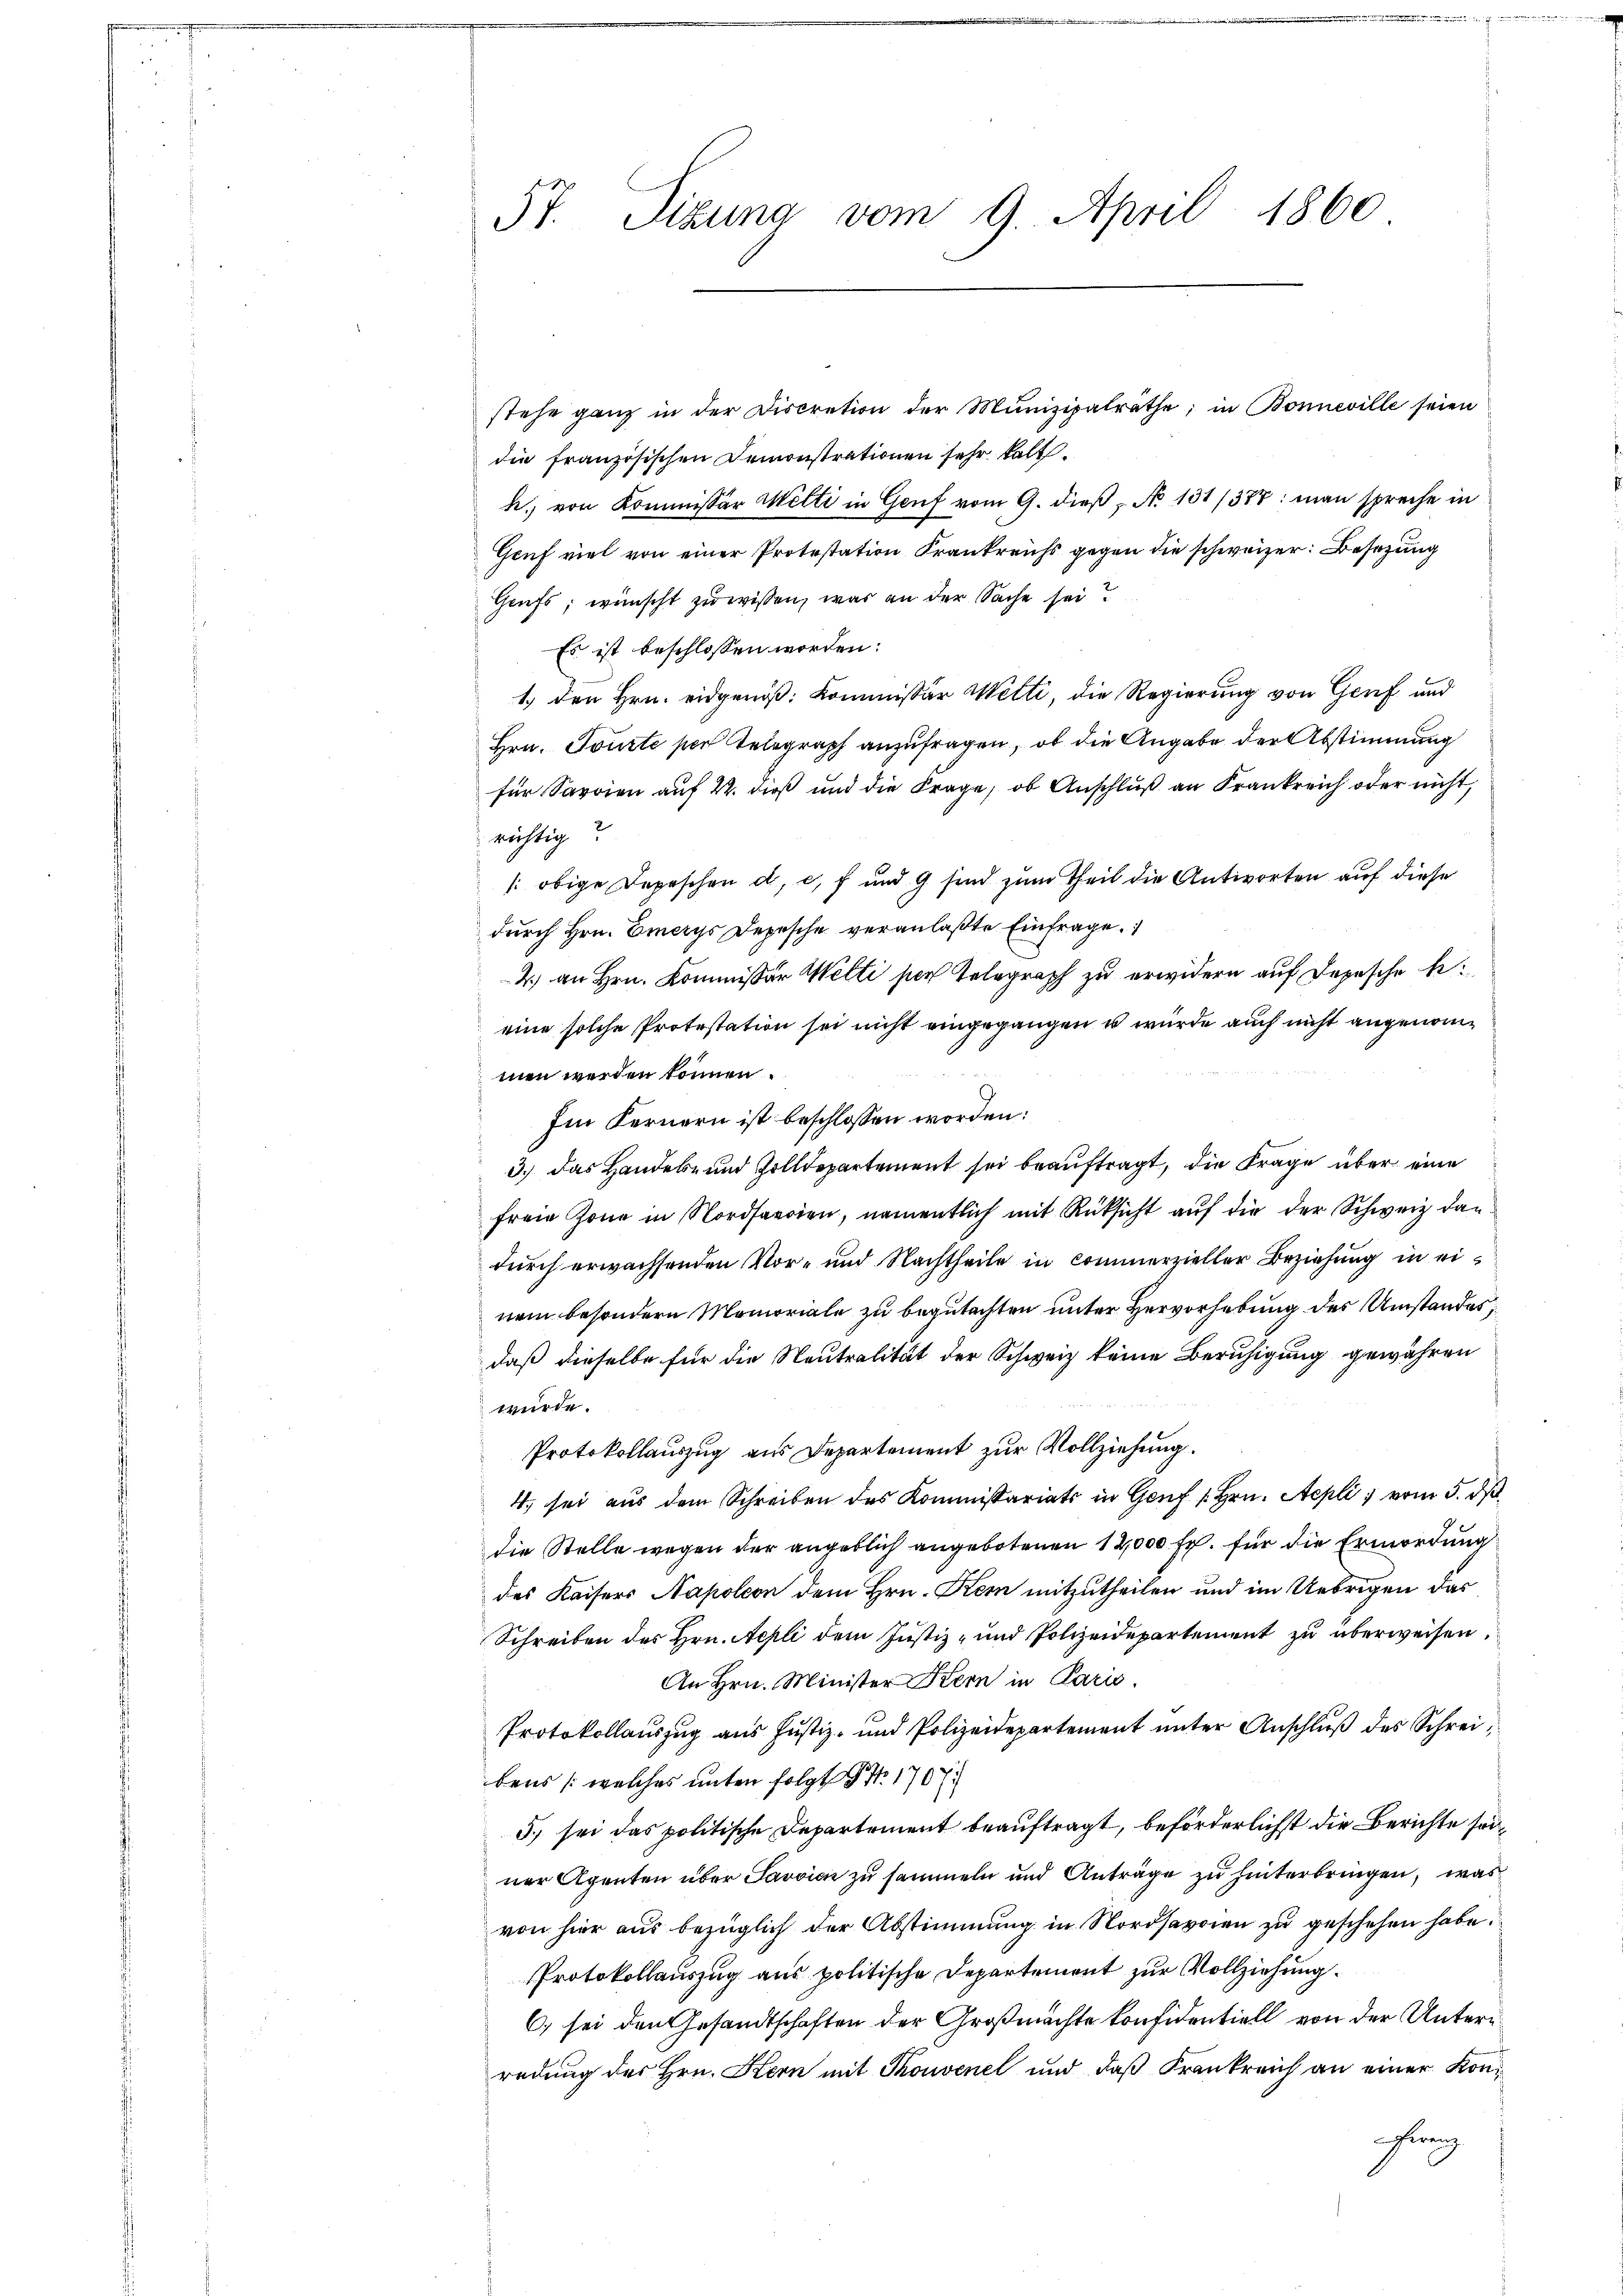
St. Sizung vom 9. April 1860

stehe ganz in der Discretion der Munizipalräthe, in Bonneville seien
die französischen Demonstrationen sehr kalt.
h. von Kommissor Welti in Genf vom 9. dieß, No 131/377: man spreche in
Geuf viel von einer Protestation Krankreis gegen die schweizer Besetzung
Grufs, wünscht zu wissen, was an der Sache sei?
Es ist beschlossen worden:
1.) Den Hrn. eidgenöß: Kommissär Wetti, die Regierung von Genf und
Hrn. Tourte per Telegraph anzufragen, ob die Angabe der Abstimmung
für Sardien auf 22. dieß und die Frage, ob Anschluß an Krankreich oder nicht,
richtig?
/ obige Depeschen d. c. f und 9 sind zum Theil die Antworten auf diese
durch Hrn. Emerys Depesche veranlaßte Einfrage.
4) an Hrn. Kommissor Welti per Telegraph zu erwidern auf Depesche beeine solche Protestation sei nicht eingegangen u wurde auch nicht angenommen werden können.
Ein Kernern ist beschlossen worden:
3.) Das Handel- und Zolldepartement sei beauftragt, die Frage über eine
freie Zone in Nordseeien, namentlich mit Rüksicht auf die der Schweiz dandurch erwachsenden Vor- und Nachtheile in commerzieller Beziehung in einem besondern Memoriale zu begutachten unter Hervorhebung der Umstandes,
daß dieselbe für die Neutralität der Schweiz keine Beruhigung gewähren
würde.
Protokollauszug aus Departement zur Vollziehung.
4. sei aus dem Schreiben des Kommissariats in Genf 1. Hrn. Aepli vom 5. ds
die Stelle wegen der angeblich angebotenen 12,000 Fr. für die Ermordung
des Kaisers Napoleon dem Hrn. Kein mitzutheilen und im Uebrigen das
Schreiben des Hrn. Aepli dem Justiz- und Polizeidepartement zu überweisen.
An Hrn. Minister Stern in Paris
Protokollauszug aus Justiz- und Polizeidepartement unter Anschluß des Schreibens (welches unter folgt S. 1707.
3) sei das politische Departement beauftragt, beförderlichst die Berichte seiner Agenten über Savvici zu sammeln und Anträge zu hinterbringen, was
von hier aus bezüglich der Abstimmung in Nordsavoien zu geschehen habe.
Protokollauszug aus politische Departement zur Vollziehung.
6) sei den Gesandtschaften der Großmachte konfidentiell von der Unternredung des Hrn. Hern mit Thonvenel und daß Frankreich an einer Konung